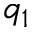
q _ { 1 }